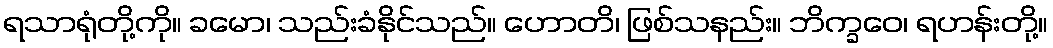
ရသာရုံတို့ကို။ ခမော၊ သည်းခံနိုင်သည်။ ဟောတိ၊ ဖြစ်သနည်း။ ဘိက္ခဝေ၊ ရဟန်းတို့။